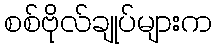
စစ်ဗိုလ်ချုပ်များက